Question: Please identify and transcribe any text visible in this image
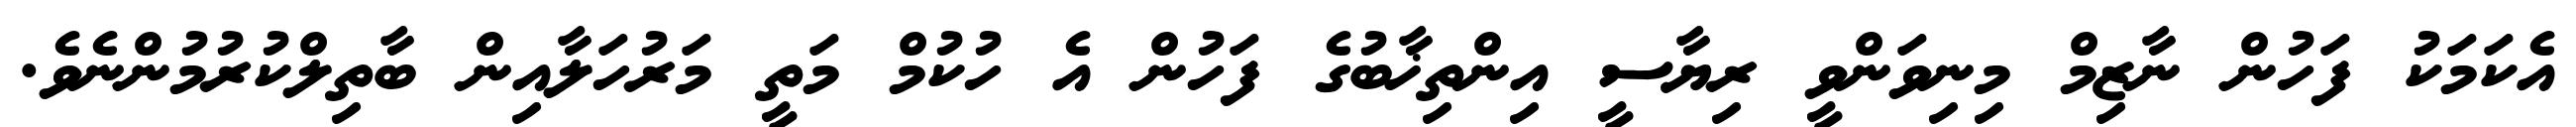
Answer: އެކަމަކު ފަހުން ނާޒިމް މިނިވަންވީ ރިޔާސީ އިންތިޚާބުގެ ފަހުން އެ ހުކުމް މަތީ މަރުހަލާއިން ބާތިލްކުރުމުންނެވެ.